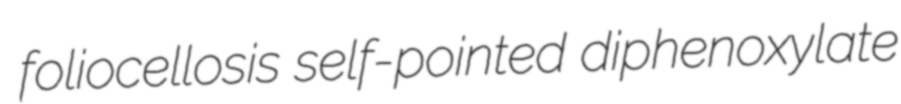
foliocellosis self-pointed diphenoxylate